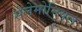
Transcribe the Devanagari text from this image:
सेलेमोनियल